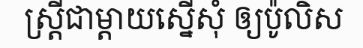
ស្ត្រីជាម្តាយស្នើសុំ ឲ្យប៉ូលិស